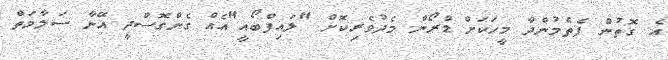
އެ ގޮތުން ފެތެމުންދާ މީހަކަށް ޑްރޯން މެދުވެރިކޮށް "ލައިފްބޯއީ"އެއް ގެންގޮސްދީ އޭނާ ސަލާމަތް